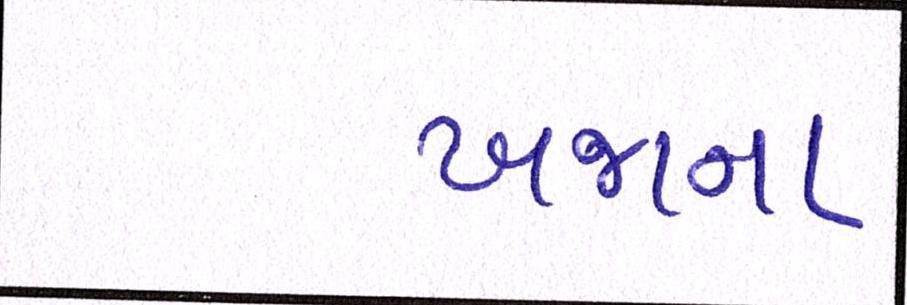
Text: ખજાના